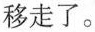
移走了。